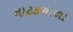
નાટકશાળા